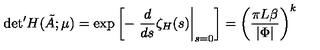
{ \det } ^ { \prime } H ( \tilde { A } ; \mu ) = \exp \left[ - \left. \frac { d } { d s } \zeta _ { H } ( s ) \right\vert _ { s = 0 } \right] = \left( \frac { \pi L \beta } { \vert \Phi \vert } \right) ^ { k }